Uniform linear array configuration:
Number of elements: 8
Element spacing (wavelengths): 0.25
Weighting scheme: hann
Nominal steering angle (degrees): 30
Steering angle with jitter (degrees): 31.18
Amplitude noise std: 0.05
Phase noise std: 0.05

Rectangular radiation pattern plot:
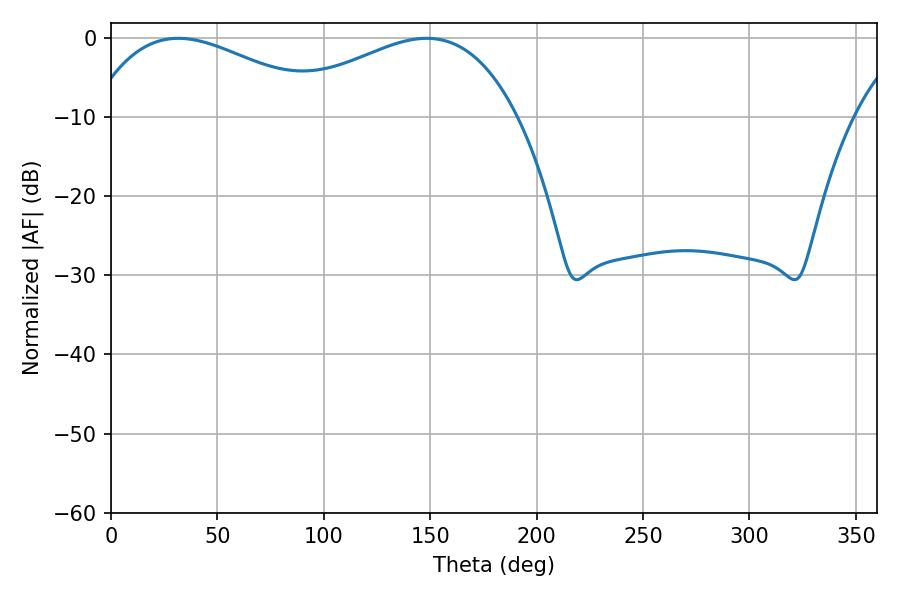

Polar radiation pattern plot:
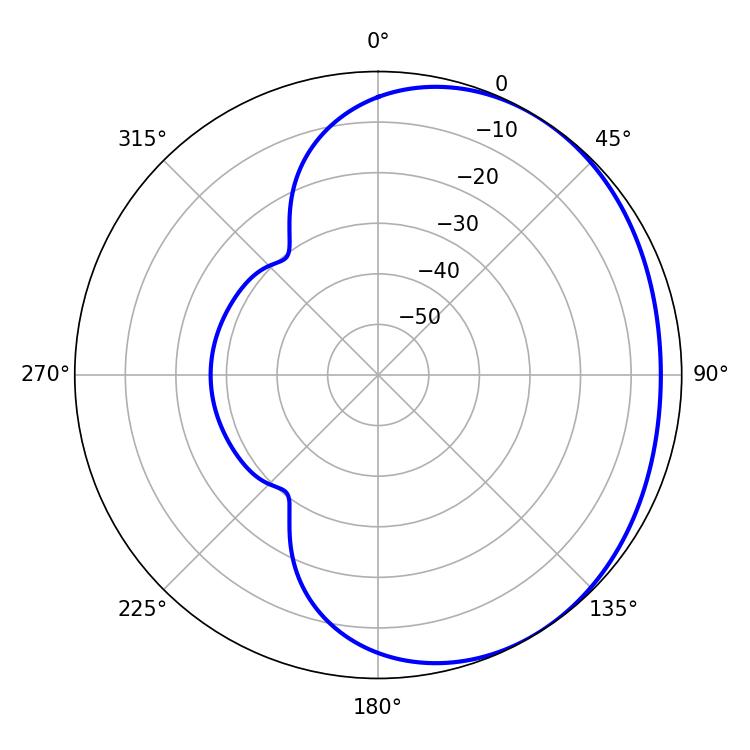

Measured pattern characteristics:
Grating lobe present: FALSE
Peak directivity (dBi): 1.928
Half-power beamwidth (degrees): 62.28
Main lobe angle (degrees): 31.68